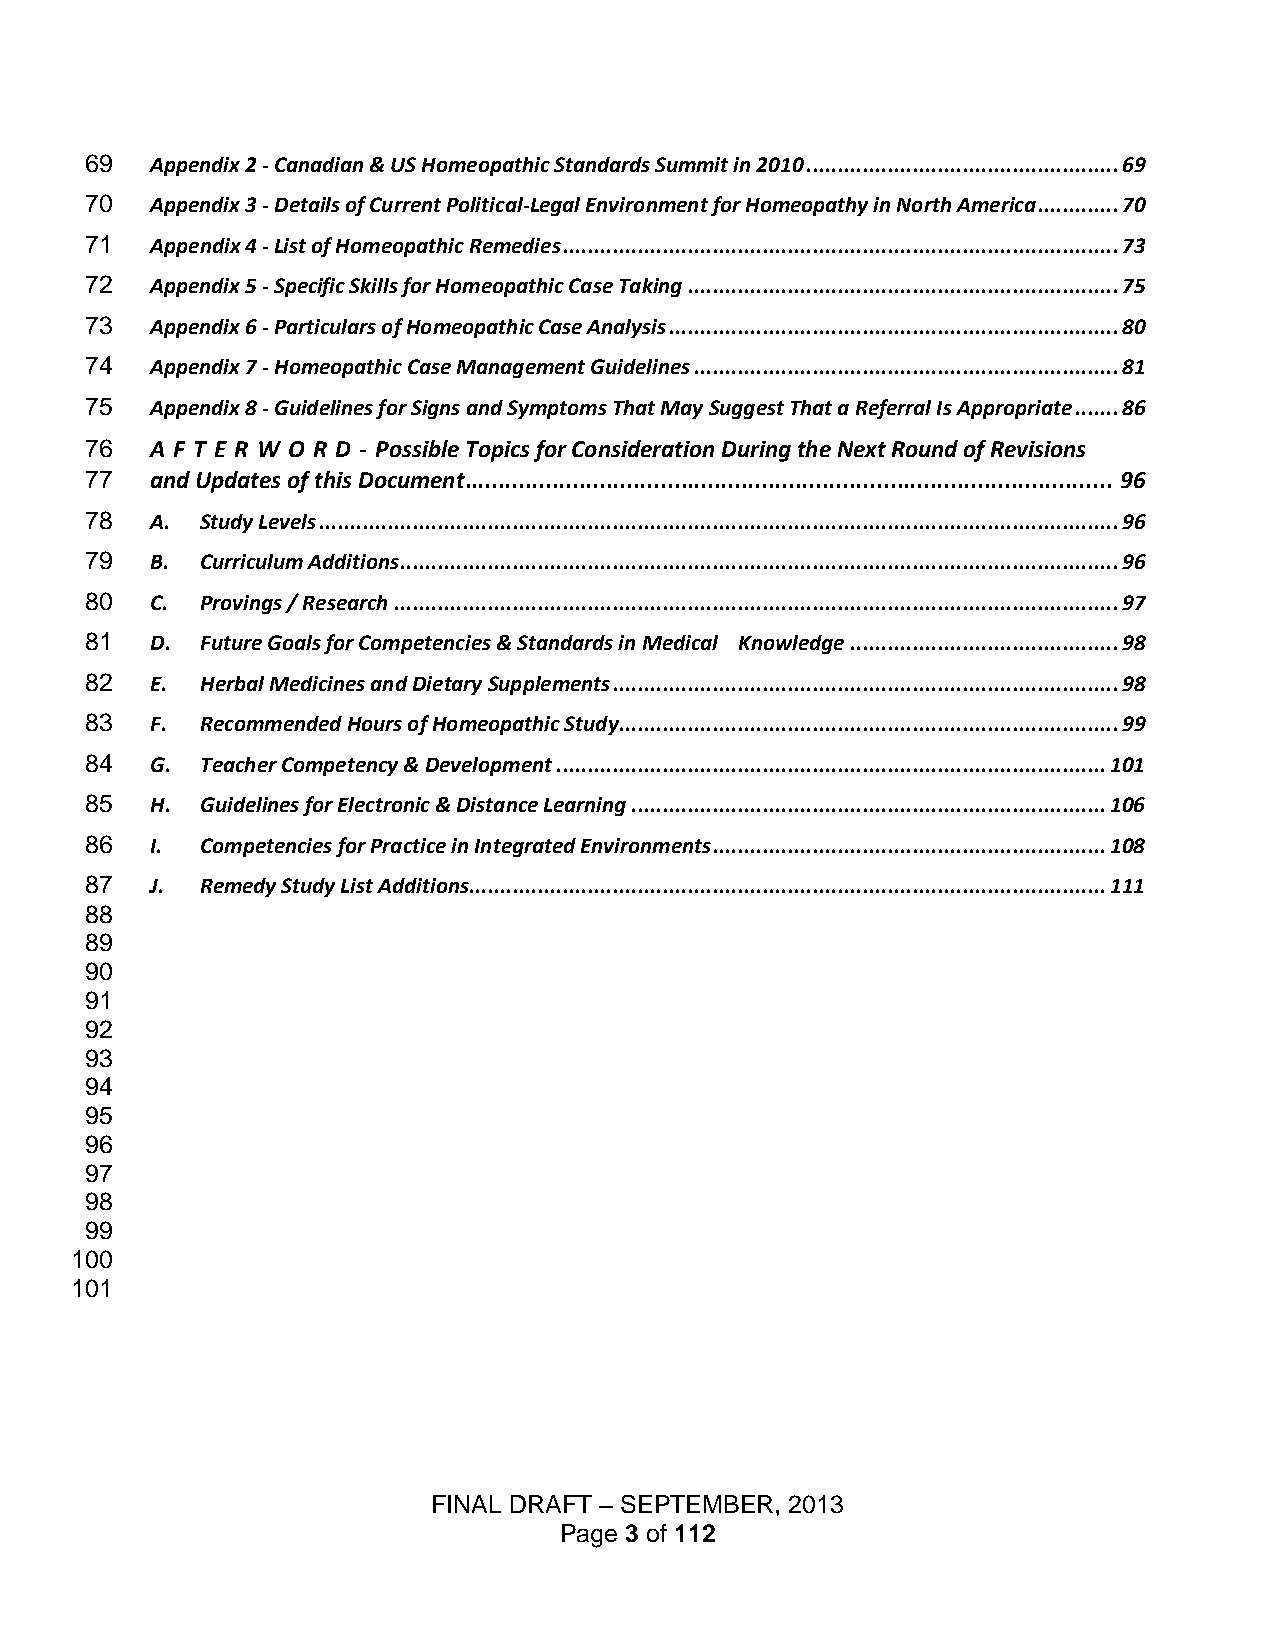
69  Appendix 2 - Canadian & US Homeopathic Standards Summit in 2010 .................................................. 69
 70  Appendix 3 - Details of Current Political-Legal Environment for Homeopathy in North America ............. 70
 71  Appendix 4 - List of Homeopathic Remedies ......................................................................................... 73
 72  Appendix 5 - Specific Skills for Homeopathic Case Taking ..................................................................... 75
 73  Appendix 6 - Particulars of Homeopathic Case Analysis ........................................................................ 80
 74  Appendix 7 - Homeopathic Case Management Guidelines .................................................................... 81
 75  Appendix 8 - Guidelines for Signs and Symptoms That May Suggest That a Referral Is Appropriate ....... 86
 76  A F T E R W O R D - Possible Topics for Consideration During the Next Round of Revisions
 77  and Updates of this Document ................................................................................................ 96
 78  A. Study Levels ................................................................................................................................ 96
 79  B. Curriculum Additions ................................................................................................................... 96
 80  C. Provings / Research .................................................................................................................... 97
 81  D. Future Goals for Competencies & Standards in Medical Knowledge ........................................... 98
 82  E. Herbal Medicines and Dietary Supplements ................................................................................. 98
 83  F. Recommended Hours of Homeopathic Study ................................................................................ 99
 84  G. Teacher Competency & Development ........................................................................................ 101
 85  H. Guidelines for Electronic & Distance Learning ............................................................................ 106
 86  I. Competencies for Practice in Integrated Environments ............................................................... 108
 87  J. Remedy Study List Additions ...................................................................................................... 111
 88
 89
 90
 91
 92
 93
 94
 95
 96
 97
 98
 99
 100
 101
 FINAL DRAFT – SEPTEMBER, 2013
 Page 3 of 112